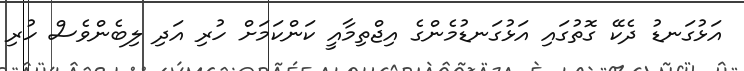
އަޅުގަނޑު ދެކޭ ގޮތުގައި އަޅުގަނޑުމެންގެ އިޖްތިމާއީ ކަންކަމަށް ހުރި އަދި ލިބެންވެސް ހުރި